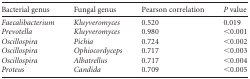
| Bacterial genus | Fungal genus | Pearson correlation | P value |
 | --- | --- | --- | --- |
 | Faecalibacterium | Kluyveromyces | 0.520 | 0.019 |
 | Prevotella | Kluyveromyces | 0.980 | <0.001 |
 | Oscillospira | Pichia | 0.724 | <0.002 |
 | Oscillospira | Ophiocordyceps | 0.717 | <0.003 |
 | Oscillospira | Albatrellus | 0.717 | <0.004 |
 | Proteus | Candida | 0.709 | <0.005 |